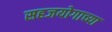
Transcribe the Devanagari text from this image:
सहजयोगाच्या